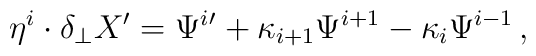
\eta^i \cdot \delta_\perp X' =  \Psi^i{}' + \kappa_{i+1} \Psi^{i+1}  - \kappa_{i} \Psi^{i-1} \,,